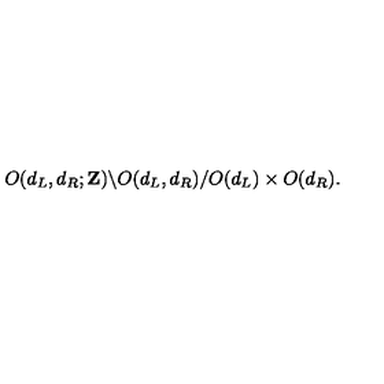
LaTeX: O ( d _ { L } , d _ { R } ; { \bf Z } ) \backslash O ( d _ { L } , d _ { R } ) / O ( d _ { L } ) \times O ( d _ { R } ) .